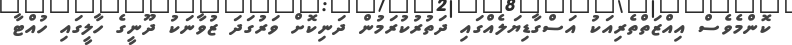
ކޮންމެވެސް އިއްޒަތްތެރިއަކު އަސްގާޑިޔަލެއްގައި ދަތުރުކުރަމުން ދަނިކޮށް ވަރުގަދަ ޒުވާނަކު ދޫނީގެ ހާލީގައި ހުއްޓާ